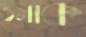
ওমাক